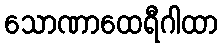
သောဏာထေရီဂါထာ